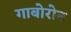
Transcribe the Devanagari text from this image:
गाबोरोन